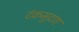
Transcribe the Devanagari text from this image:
टंकमुद्रण